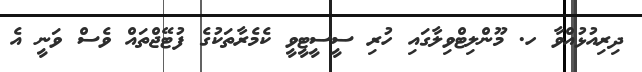
ދިރިއުޅުއްވާ ހ. މޫންލިޓްވިލާގައި ހުރި ސީސީޓީވީ ކެމެރާތަކުގެ ފުޓޭޖްތައް ވެސް ވަނީ އެ